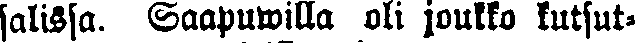
salissa. Saapuvilla oli joukko kutsut-